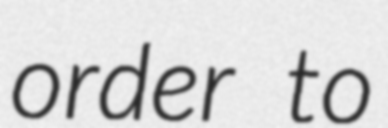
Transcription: order to